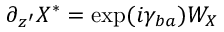
\partial _ { z ^ { \prime } } X ^ { * } = \exp ( i \gamma _ { b a } ) { \cal W } _ { X }